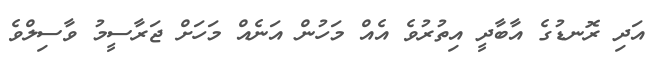
އަދި ރޮނޑުގެ އާބާދީ އިތުރުވެ އެއް މަހުން އަނެއް މަހަށް ޖަރާސީމު ވާސިލްވެ